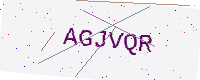
Text: AGJVQR